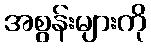
အစွန်းများကို